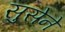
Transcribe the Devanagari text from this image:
सुसेने